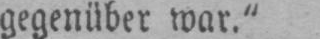
gegenüber war.“